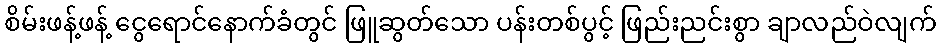
စိမ်းဖန့်ဖန့် ငွေရောင်နောက်ခံတွင် ဖြူဆွတ်သော ပန်းတစ်ပွင့် ဖြည်းညင်းစွာ ချာလည်ဝဲလျက်